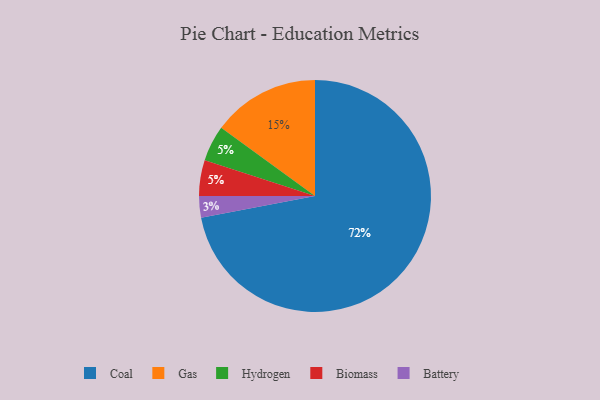
{"axis": {"x": "Category", "y": "Percentage"}, "legend": ["Battery", "Biomass", "Coal", "Gas", "Hydrogen"], "data": [{"x": "Gas", "y": 15, "type": "Gas"}, {"x": "Battery", "y": 3, "type": "Battery"}, {"x": "Coal", "y": 72, "type": "Coal"}, {"x": "Hydrogen", "y": 5, "type": "Hydrogen"}, {"x": "Biomass", "y": 5, "type": "Biomass"}]}